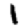
Digit: 1